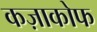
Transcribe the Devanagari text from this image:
कज़ाकोफ